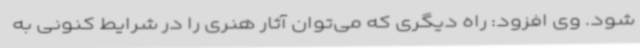
شود. وی افزود: راه دیگری که می‌توان آثار هنری را در شرایط کنونی به